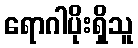
ရောဂါပိုးရှိသူ